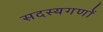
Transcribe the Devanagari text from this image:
सदस्यगणों